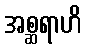
အစ္ဆရာဟိ